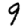
Digit: 9